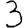
Digit: 3